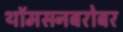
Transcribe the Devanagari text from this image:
थॉमसनबरोबर